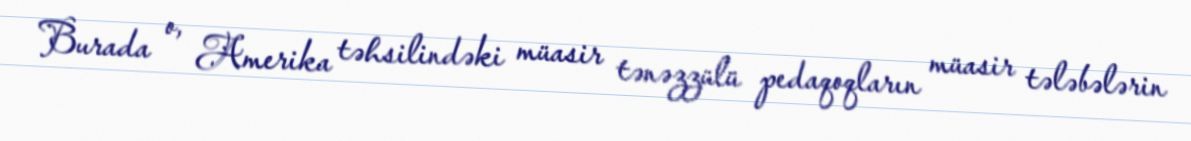
Burada o, Amerika təhsilindəki müasir tənəzzülü pedaqoqların müasir tələbələrin